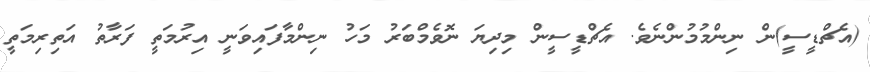
(އެޗްޑީސީ)ން ނިންމުމުންނެވެ. އެޗްޑީސީން މިިދިޔަ ނޮވެމްބަރު މަހު ނިންމާފައިވަނީ އިރުމަތީ ފަރާތު އަތިރިމަތީ